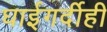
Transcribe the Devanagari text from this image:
घाईगर्दीही